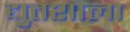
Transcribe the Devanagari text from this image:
द्युतशाला